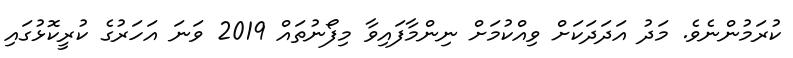
ކުރަމުންނެވެ. މަދު އަދަދަކަށް ވިއްކުމަށް ނިންމާފައިވާ މިފޯނުތައް 2019 ވަނަ އަހަރުގެ ކުރީކޮޅުގައި